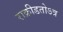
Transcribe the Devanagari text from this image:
राक्रीडतोऽत्र